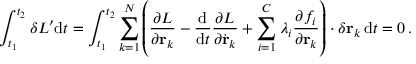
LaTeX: \int _ { t _ { 1 } } ^ { t _ { 2 } } \delta L ^ { \prime } \mathrm { d } t = \int _ { t _ { 1 } } ^ { t _ { 2 } } \sum _ { k = 1 } ^ { N } \left( { \frac { \partial L } { \partial \mathbf { r } _ { k } } } - { \frac { \mathrm { d } } { \mathrm { d } t } } { \frac { \partial L } { \partial { \dot { \mathbf { r } } } _ { k } } } + \sum _ { i = 1 } ^ { C } \lambda _ { i } { \frac { \partial f _ { i } } { \partial \mathbf { r } _ { k } } } \right) \cdot \delta \mathbf { r } _ { k } \, \mathrm { d } t = 0 \, .